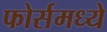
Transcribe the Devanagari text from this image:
फोर्समध्ये